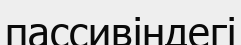
пассивіндегі